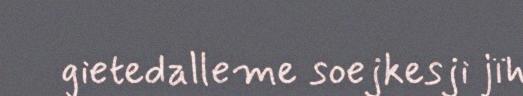
gietedalleme soejkesji jïh